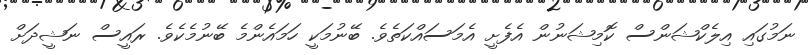
ނަމުގައި އިލެކްޝަންސް ކޮމިޝަނުން އެފެށީ އެމަސައްކަތެވެ. ބޭނުމަކީ ހަމައެންމެ ބޭނުމެކެވެ. ރައީސް ނަޝީދަށް